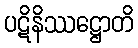
ပဋိနိဿဋ္ဌောတိ